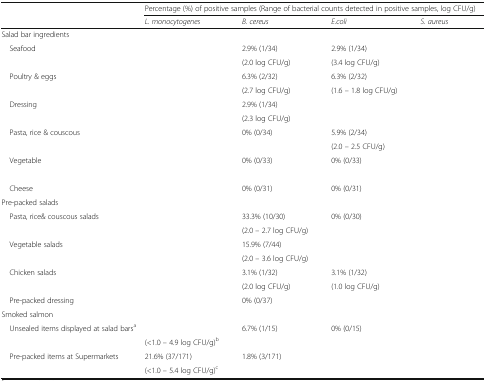
<table><thead><tr><td>[EMPTY_CELL]</td><td colspan="4"><b>Percentage (%) of positive samples (Range of bacterial counts detected in positive samples, log CFU/g)</b></td></tr><tr><td>[EMPTY_CELL]</td><td><b><i>L. monocytogenes</i></b></td><td><b><i>B. cereus</i></b></td><td><b><i>E.coli</i></b></td><td><b><i>S. aureus</i></b></td></tr></thead><tbody><tr><td colspan="5">Salad bar ingredients</td></tr><tr><td> Seafood</td><td>[EMPTY_CELL]</td><td>2.9% (1/34)</td><td>2.9% (1/34)</td><td>[EMPTY_CELL]</td></tr><tr><td>[EMPTY_CELL]</td><td>[EMPTY_CELL]</td><td>(2.0 log CFU/g)</td><td>(3.4 log CFU/g)</td><td>[EMPTY_CELL]</td></tr><tr><td> Poultry &amp; eggs</td><td>[EMPTY_CELL]</td><td>6.3% (2/32)</td><td>6.3% (2/32)</td><td>[EMPTY_CELL]</td></tr><tr><td>[EMPTY_CELL]</td><td>[EMPTY_CELL]</td><td>(2.7 log CFU/g)</td><td>(1.6 – 1.8 log CFU/g)</td><td>[EMPTY_CELL]</td></tr><tr><td> Dressing</td><td>[EMPTY_CELL]</td><td>2.9% (1/34)</td><td>[EMPTY_CELL]</td><td>[EMPTY_CELL]</td></tr><tr><td>[EMPTY_CELL]</td><td>[EMPTY_CELL]</td><td>(2.3 log CFU/g)</td><td>[EMPTY_CELL]</td><td>[EMPTY_CELL]</td></tr><tr><td> Pasta, rice &amp; couscous</td><td>[EMPTY_CELL]</td><td>0% (0/34)</td><td>5.9% (2/34)</td><td>[EMPTY_CELL]</td></tr><tr><td>[EMPTY_CELL]</td><td>[EMPTY_CELL]</td><td>[EMPTY_CELL]</td><td>(2.0 – 2.5 CFU/g)</td><td>[EMPTY_CELL]</td></tr><tr><td> Vegetable</td><td>[EMPTY_CELL]</td><td>0% (0/33)</td><td>0% (0/33)</td><td>[EMPTY_CELL]</td></tr><tr><td>[EMPTY_CELL]</td><td>[EMPTY_CELL]</td><td>[EMPTY_CELL]</td><td>[EMPTY_CELL]</td><td>[EMPTY_CELL]</td></tr><tr><td> Cheese</td><td>[EMPTY_CELL]</td><td>0% (0/31)</td><td>0% (0/31)</td><td>[EMPTY_CELL]</td></tr><tr><td colspan="5">Pre-packed salads</td></tr><tr><td> Pasta, rice&amp; couscous salads</td><td>[EMPTY_CELL]</td><td>33.3% (10/30)</td><td>0% (0/30)</td><td>[EMPTY_CELL]</td></tr><tr><td>[EMPTY_CELL]</td><td>[EMPTY_CELL]</td><td>(2.0 – 2.7 log CFU/g)</td><td>[EMPTY_CELL]</td><td>[EMPTY_CELL]</td></tr><tr><td> Vegetable salads</td><td>[EMPTY_CELL]</td><td>15.9% (7/44)</td><td>[EMPTY_CELL]</td><td>[EMPTY_CELL]</td></tr><tr><td>[EMPTY_CELL]</td><td>[EMPTY_CELL]</td><td>(2.0 – 3.6 log CFU/g)</td><td>[EMPTY_CELL]</td><td>[EMPTY_CELL]</td></tr><tr><td> Chicken salads</td><td>[EMPTY_CELL]</td><td>3.1% (1/32)</td><td>3.1% (1/32)</td><td>[EMPTY_CELL]</td></tr><tr><td>[EMPTY_CELL]</td><td>[EMPTY_CELL]</td><td>(2.0 log CFU/g)</td><td>(1.0 log CFU/g)</td><td>[EMPTY_CELL]</td></tr><tr><td> Pre-packed dressing</td><td>[EMPTY_CELL]</td><td>0% (0/37)</td><td>[EMPTY_CELL]</td><td>[EMPTY_CELL]</td></tr><tr><td colspan="5">Smoked salmon</td></tr><tr><td rowspan="2"> Unsealed items displayed at salad bars<sup>a</sup></td><td>[EMPTY_CELL]</td><td>6.7% (1/15)</td><td>0% (0/15)</td><td>[EMPTY_CELL]</td></tr><tr><td>(&lt;1.0 – 4.9 log CFU/g)<sup>b</sup></td><td>[EMPTY_CELL]</td><td>[EMPTY_CELL]</td><td>[EMPTY_CELL]</td></tr><tr><td rowspan="2"> Pre-packed items at Supermarkets</td><td>21.6% (37/171)</td><td>1.8% (3/171)</td><td>[EMPTY_CELL]</td><td>[EMPTY_CELL]</td></tr><tr><td>(&lt;1.0 – 5.4 log CFU/g)<sup>c</sup></td><td>[EMPTY_CELL]</td><td>[EMPTY_CELL]</td><td>[EMPTY_CELL]</td></tr></tbody></table>